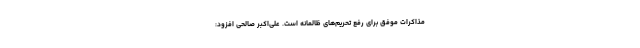
مذاکرات موفق برای رفع تحریم‌های ظالمانه است. علی‌اکبر صالحی افزود: